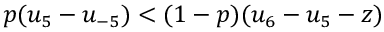
p ( u _ { 5 } - u _ { - 5 } ) < ( 1 - p ) ( u _ { 6 } - u _ { 5 } - z )